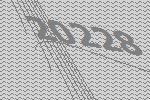
20228